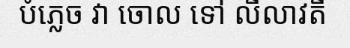
បំភ្លេច វា ចោល ទៅ លីលាវតី